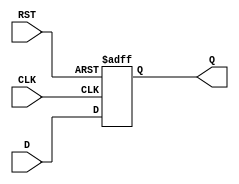
module IntermediateRegister (
    input wire D,        // Data input
    input wire CLK,      // Clock input
    input wire RST,      // Reset input
    output reg Q         // Data output
);

// Sequential logic to store the input data
always @(posedge CLK or posedge RST) begin
    if (RST) begin
        Q <= 1'b0;      // Asynchronous reset to zero
    end else begin
        Q <= D;         // Capture the input data on the rising edge of the clock
    end
end

endmodule